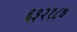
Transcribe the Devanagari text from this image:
६३२१८७